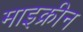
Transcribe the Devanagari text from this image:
माइक्रीन